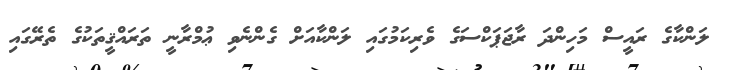
ލަންކާގެ ރައީސް މަހިންދަ ރާޖަޕަކްސަގެ ވެރިކަމުގައި ލަންކާއަށް ގެންނެވި ޢުމްރާނީ ތަރައްޤީތަކުގެ ތެރޭގައި